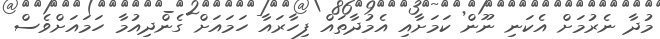
މުދާ ނެރުމަށް އެކަނި ނޫން ކަމަށާއި އެމުދާތައް ފިހާރައާ ހަމައަށް ގެންދިއުމާ ހަމައަށްވެސް